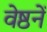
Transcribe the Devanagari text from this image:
वेष्ठनें